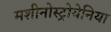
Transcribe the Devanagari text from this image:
मशीनोस्ट्रोयेनिया